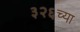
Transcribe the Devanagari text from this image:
३२६च्या